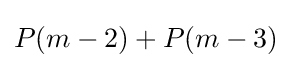
P(m-2)+P(m-3)